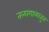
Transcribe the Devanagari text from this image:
तळागाळातून